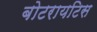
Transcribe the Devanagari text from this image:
बोटरायटिस